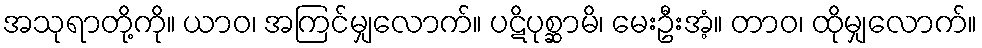
အသုရာတို့ကို။ ယာဝ၊ အကြင်မျှလောက်။ ပဋိပုစ္ဆာမိ၊ မေးဦးအံ့။ တာဝ၊ ထိုမျှလောက်။